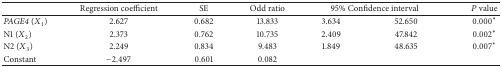
<table><thead><tr><td>[EMPTY_CELL]</td><td><b>Regression coefficient</b></td><td><b>SE</b></td><td><b>Odd ratio</b></td><td colspan="2"><b>95% Confidence interval </b></td><td><b><i>P</i> value</b></td></tr></thead><tbody><tr><td><i>PAGE4 </i>(<i>X</i><sub>1</sub>)</td><td>2.627</td><td>0.682</td><td>13.833</td><td>3.634</td><td>52.650</td><td>0.000∗</td></tr><tr><td>N1 (<i>X</i><sub>2</sub>)</td><td>2.373</td><td>0.762</td><td>10.735</td><td>2.409</td><td>47.842</td><td>0.002∗</td></tr><tr><td>N2 (<i>X</i><sub>3</sub>)</td><td>2.249</td><td>0.834</td><td>9.483</td><td>1.849</td><td>48.635</td><td>0.007∗</td></tr><tr><td>Constant</td><td>−2.497</td><td>0.601</td><td>0.082</td><td>[EMPTY_CELL]</td><td>[EMPTY_CELL]</td><td>[EMPTY_CELL]</td></tr></tbody></table>